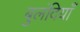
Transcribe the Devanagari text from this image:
बुलंदियाँ